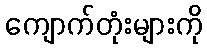
ကျောက်တုံးများကို